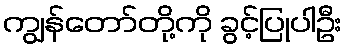
ကျွန်တော်တို့ကို ခွင့်ပြုပါဦး